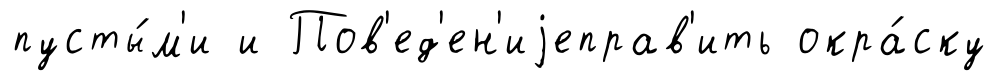
пусты́м'и и Пов'ед'ен'иjеправ'ить окра́ску